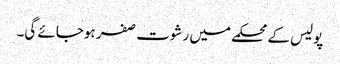
پولیس کے محکمے میں رشوت صفر ہوجائے گی۔